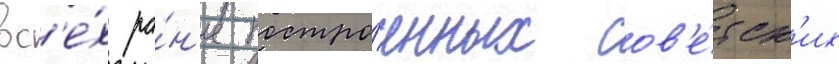
вс'е́х ра́н'ее постро́енных сов'е́тск'их